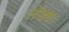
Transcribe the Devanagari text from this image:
लेंड्या